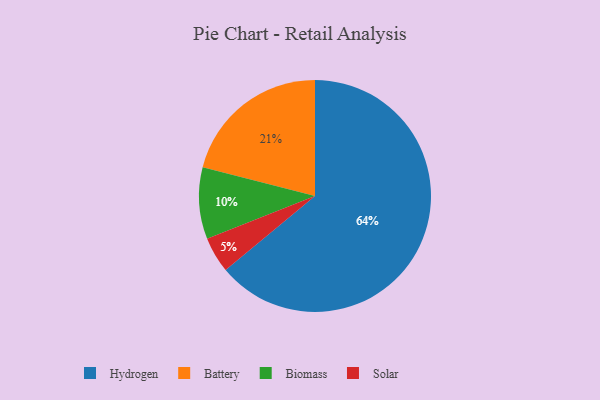
{"axis": {"x": "Category", "y": "Percentage"}, "legend": ["Battery", "Biomass", "Hydrogen", "Solar"], "data": [{"x": "Hydrogen", "y": 64, "type": "Hydrogen"}, {"x": "Battery", "y": 21, "type": "Battery"}, {"x": "Biomass", "y": 10, "type": "Biomass"}, {"x": "Solar", "y": 5, "type": "Solar"}]}